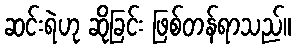
ဆင်းရဲဟု ဆိုခြင်း ဖြစ်တန်ရာသည်။